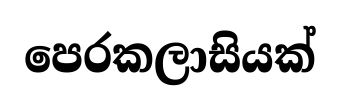
පෙරකලාසියක්